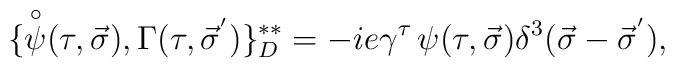
\{ {\buildrel \circ \over \psi}(\tau ,\vec \sigma ),\Gamma (\tau ,{\vec \sigma}^{'}) \}^{**}_D =-ie \gamma^{\tau}\, \psi (\tau ,\vec \sigma )\delta^3(\vec \sigma -{\vec \sigma}^{'}),